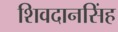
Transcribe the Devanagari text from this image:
शिवदानसिंह